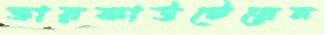
ভারকাউটেরেন